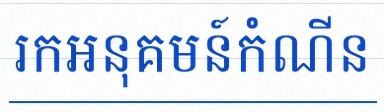
រកអនុគមន៍កំណើន